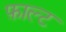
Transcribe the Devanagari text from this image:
फ़ाल्ट